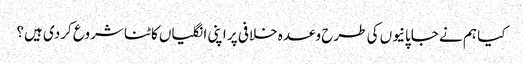
کیا ہم نے جاپانیوں کی طرح وعدہ خلافی پر اپنی انگلیاں کاٹنا شروع کردی ہیں؟